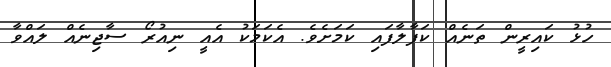
ހުޅު ކައިރީން ތަނެއް ކަފާލާފައި ކަމަށެވެ. އެކަމަކު އެއީ ނިއުރޯ ސާޖިނެއް ލައްވާ